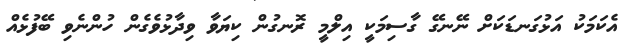
އެކަމަކު އަޅުގަނޑަކަށް ނޭނގޭ ގާސިމަކީ އިލްމީ ރޮނގުން ކިޔަވާ ވިދާޅުވެގެން ހުންނެވި ބޭފުޅެއް